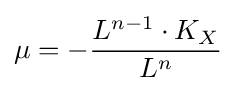
\mu =-{\frac {L^{n-1}\cdot K_{X}}{L^{n}}}